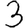
Digit: 3